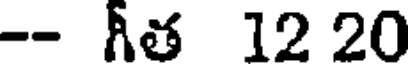
-- Aత 12 20